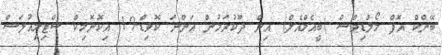
ބޭންކް އޮފް މޯލްޑިވްސް (ބީއެމްއެލް) އިން ދޫކުރަމުން އަންނަ ކޮވިޑް-19 އިކޮނޮމިކް ސްޓިމިއުލަސް